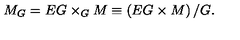
M _ { G } = E G \times _ { G } M \equiv \left( E G \times M \right) / G .